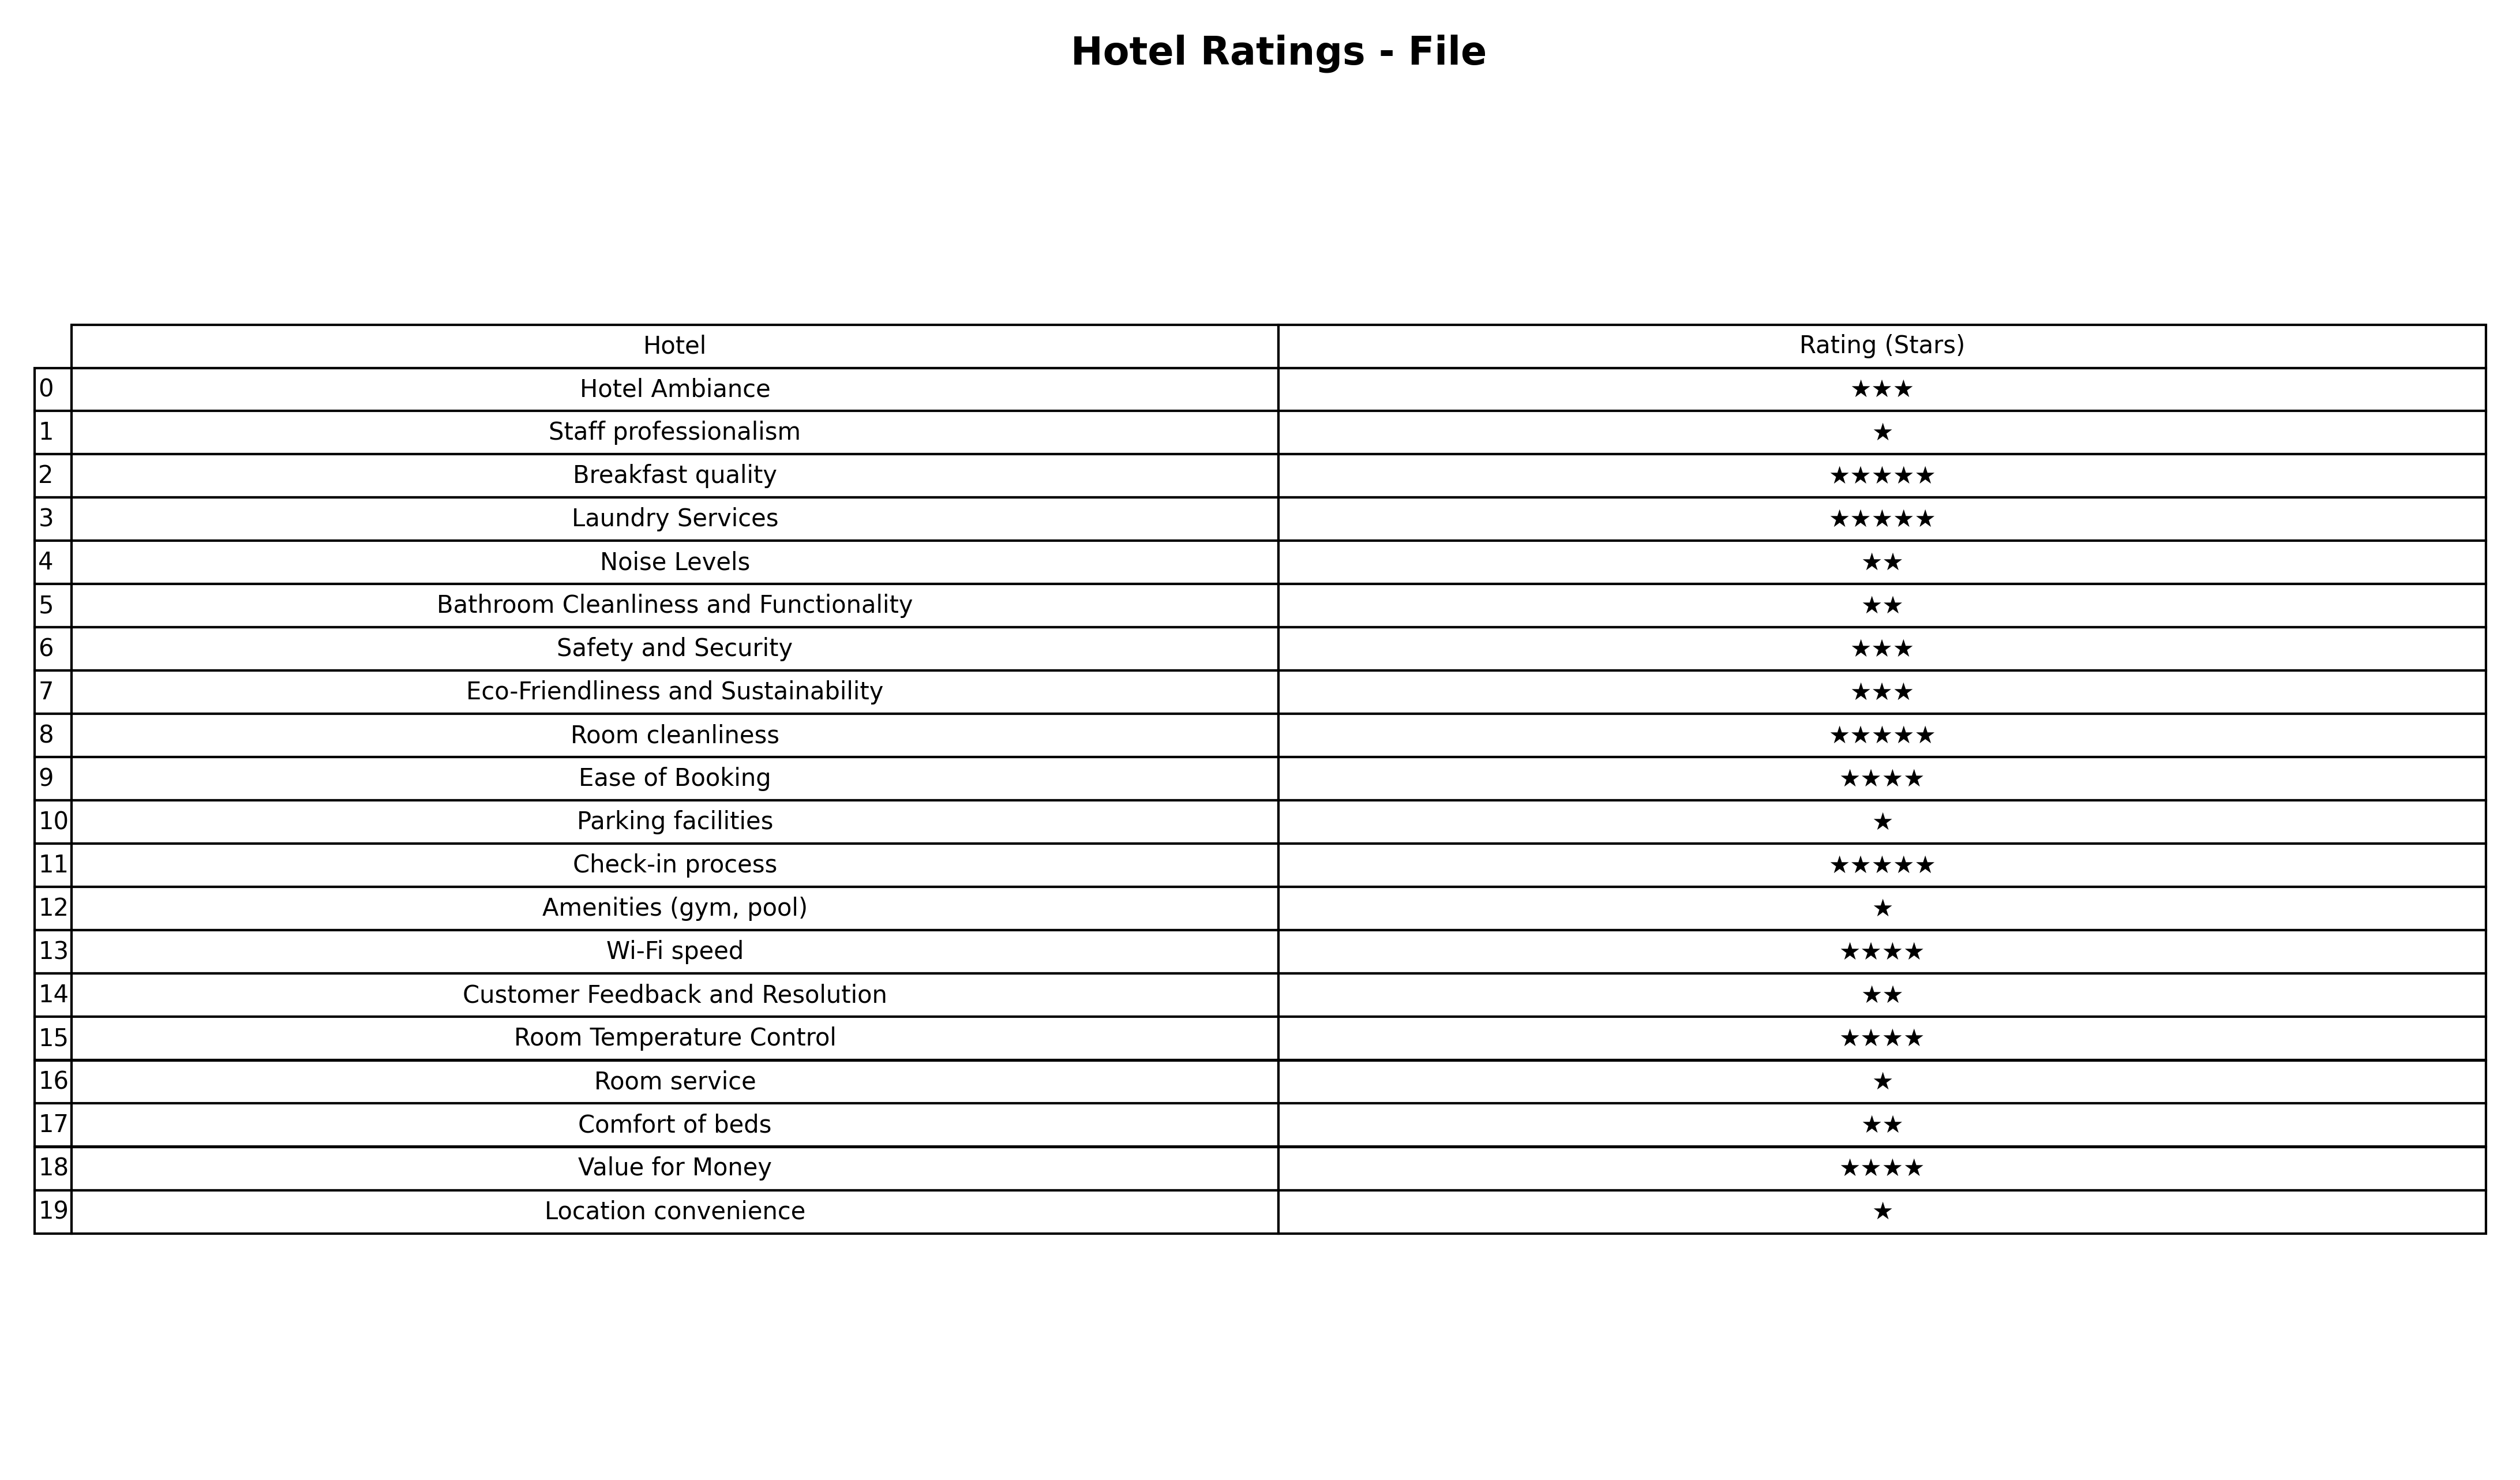
question: What are highest rating services?
answer: Staff professionalismParking facilitiesAmenities (gym, pool)Room serviceLocation convenience